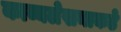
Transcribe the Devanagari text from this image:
काव्यलेखनाकडे